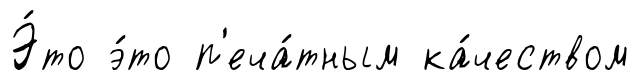
Э́то э́то п'еча́тным ка́чеством